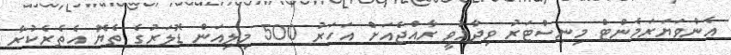
އެންވަޔަރަމެންޓް މިނިސްޓަރު ވިދާޅުވީ ރާއްޖެއަށް އަހަރު 500 މިލިއަން ޑޮލަރުގެ ތެޔޮ އެތެރެކުރާ